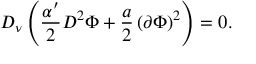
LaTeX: D _ { \nu } \left( \frac { \alpha ^ { \prime } } { 2 } D ^ { 2 } \Phi + \frac { a } { 2 } \left( \partial \Phi \right) ^ { 2 } \right) = 0 .